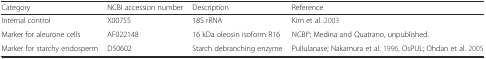
<table><thead><tr><td><b>Category</b></td><td><b>NCBI accession number</b></td><td><b>Description</b></td><td><b>Reference</b></td></tr></thead><tbody><tr><td>Internal control</td><td>X00755</td><td>18S rRNA</td><td>Kim et al. 2003</td></tr><tr><td>Marker for aleurone cells</td><td>AF022148</td><td>16 kDa oleosin isoform R16</td><td>NCBI<sup>a</sup>; Medina and Quatrano, unpublished.</td></tr><tr><td>Marker for starchy endosperm</td><td>D50602</td><td>Starch debranching enzyme</td><td>Pullulanase; Nakamura et al. 1996, OsPUL; Ohdan et al. 2005</td></tr></tbody></table>